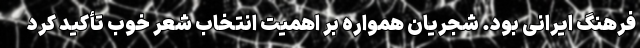
فرهنگ ایرانی بود. شجریان همواره بر اهمیت انتخاب شعر خوب تأکید کرد